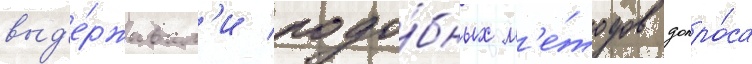
выд'е́рживал'и подо́бных м'е́тодов допро́са